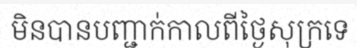
មិនបានបញ្ជាក់កាលពីថ្ងៃសុក្រទេ